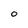
Character: o